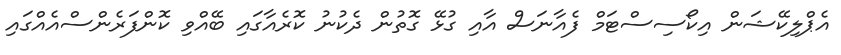
އެޕްލިކޭޝަން އިކޯސިސްޓަމް ފެއާނަސް އާއި ގުޅޭ ގޮތުން ދެކުނު ކޮރެއާގައި ބޭއްވި ކޮންފަރެންސްއެއްގައި